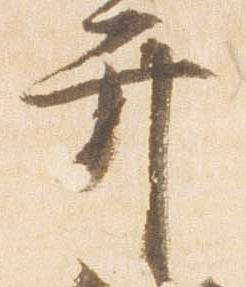
弁